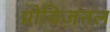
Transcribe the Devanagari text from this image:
प्रोविज़नल